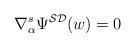
LaTeX: \begin{align*}\nabla _{\alpha}^{s}\Psi ^{{\cal SD}}(w)=0\end{align*}